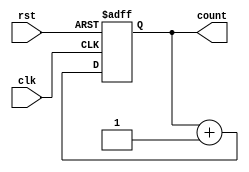
module IncrementalCounter (
    input wire clk,          // Increment Trigger (Clock)
    input wire rst,          // Asynchronous Reset Signal
    output reg [7:0] count   // Current Count Value (8-bit)
);

    // Initial value for the counter
    initial begin
        count = 8'b0; // Initialize count to zero
    end

    // Always block triggered on the rising edge of the clock or reset
    always @(posedge clk or posedge rst) begin
        if (rst) begin
            count <= 8'b0; // Reset the counter to zero
        end else begin
            count <= count + 1; // Increment the counter
        end
    end

endmodule